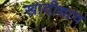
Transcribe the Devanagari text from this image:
खादीचाच